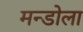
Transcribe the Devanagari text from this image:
मन्डोला